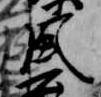
風